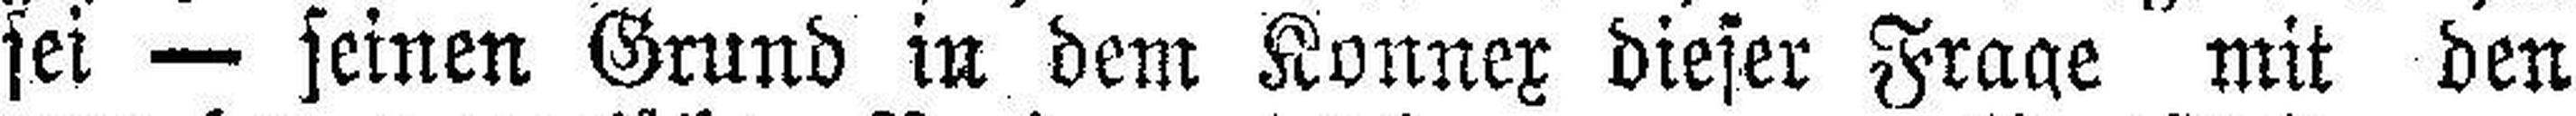
sei — seinen Grund in dem Konnex dieser Frage mit den